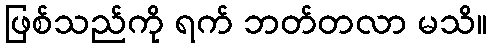
ဖြစ်သည်ကို ရက် ဘတ်တလာ မသိ။